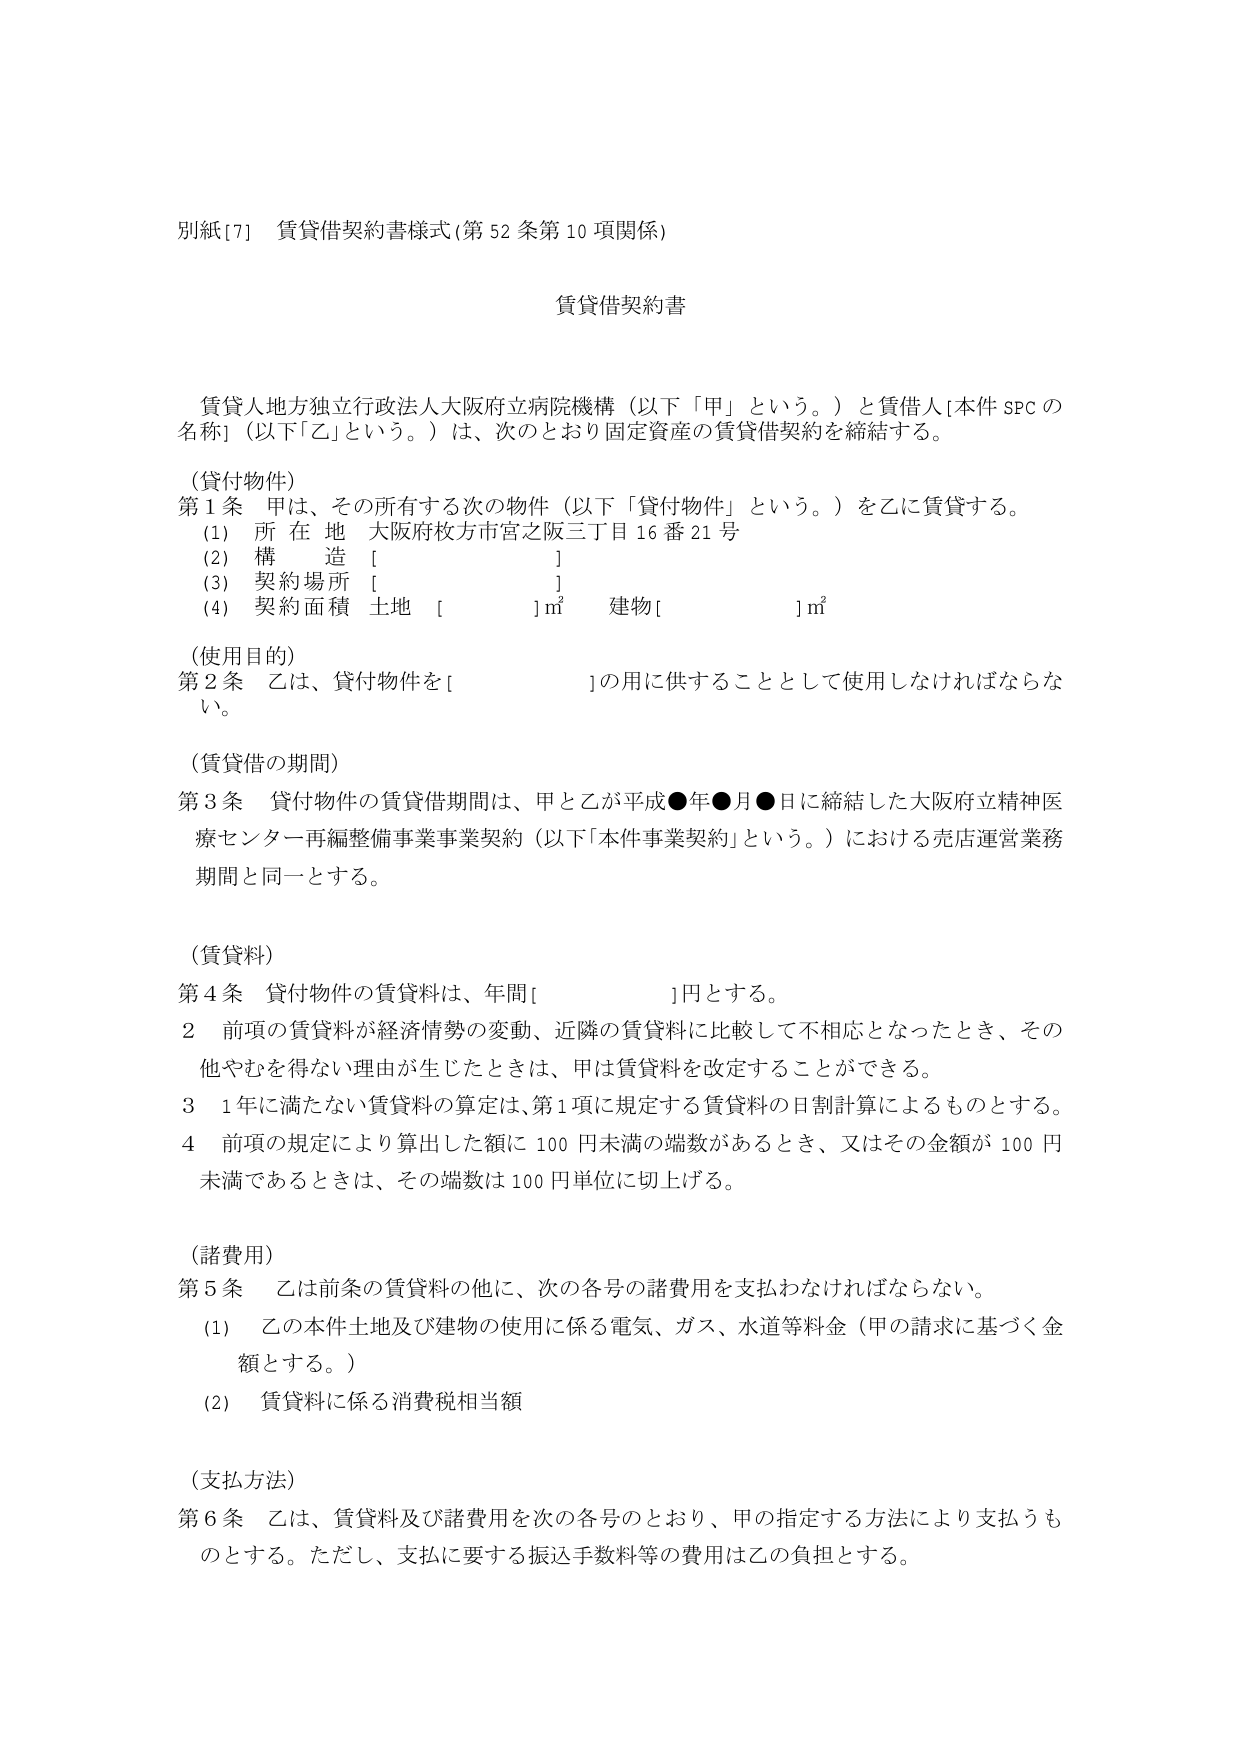
別紙[7] 賃貸借契約書様式(第52条第10項関係)

賃貸借契約書

賃貸人地方独立行政法人大阪府立病院機構（以下「甲」という。）と賃借人[本件SPCの名称]（以下「乙」という。）は、次のとおり固定資産の賃貸借契約を締結する。

（貸付物件）
第1条 甲は、その所有する次の物件（以下「貸付物件」という。）を乙に賃貸する。
(1) 所在地 大阪府枚方市宮之阪三丁目16番21号
(2) 構造 [　　　　　　　　　　]
(3) 契約場所 [　　　　　　　　　　]
(4) 契約面積 土地 [　　　　　]㎡ 建物[　　　　　]㎡

（使用目的）
第2条 乙は、貸付物件を[　　　　　　　　　　]の用に供することとして使用しなければならない。

（賃貸借の期間）
第3条 貸付物件の賃貸借期間は、甲と乙が平成●年●月●日に締結した大阪府立精神医療センター再編整備事業事業契約（以下「本件事業契約」という。）における売店運営業務期間と同一とする。

（賃貸料）
第4条 貸付物件の賃貸料は、年間[　　　　　　　　　　]円とする。
2 前項の賃貸料が経済情勢の変動、近隣の賃貸料に比較して不相応となったとき、その他やむを得ない理由が生じたときは、甲は賃貸料を改定することができる。
3 1年に満たない賃貸料の算定は、第1項に規定する賃貸料の日割計算によるものとする。
4 前項の規定により算出した額に100円未満の端数があるとき、又はその金額が100円未満であるときは、その端数は100円単位に切上げる。

（諸費用）
第5条 乙は前条の賃貸料の他に、次の各号の諸費用を支払わなければならない。
(1) 乙の本件土地及び建物の使用に係る電気、ガス、水道等料金（甲の請求に基づく金額とする。）
(2) 賃貸料に係る消費税相当額

（支払方法）
第6条 乙は、賃貸料及び諸費用を次の各号のとおり、甲の指定する方法により支払うものとする。ただし、支払に要する振込手数料等の費用は乙の負担とする。